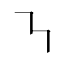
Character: ㇎